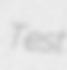
Test